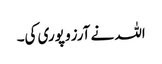
اللہ نے آرزو پوری کی۔